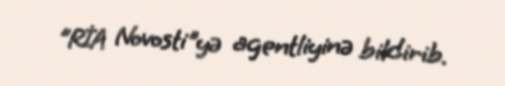
"RİA Novosti"yə agentliyinə bildirib.